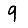
Digit: 9